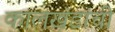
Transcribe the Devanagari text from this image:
कालखंडांची